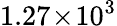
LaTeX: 1.27\! \times\! 10^{3}